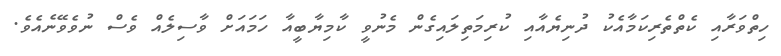
ހިތްވަރާއި ކެތްތެރިކަމާއެކު ދުނިޔެއާއި ކުރިމަތިލައިގެން މެނުވީ ކާމިޔާބީއާ ހަމައަށް ވާސިލެއް ވެސް ނުވެވޭނެއެވެ.